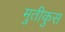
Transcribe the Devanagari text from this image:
मुतीकुस